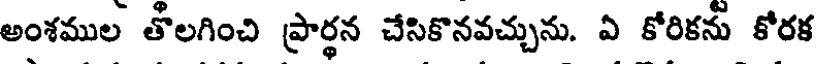
అంశముల తొలగించి ప్రార్థన చేసికొనవచ్చును. ఏ కోరికను కోరక